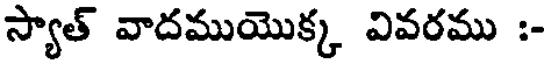
స్యాత్ వాదముయొక్క వివరము :-